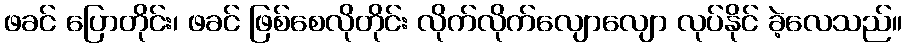
ဖခင် ပြောတိုင်း၊ ဖခင် ဖြစ်စေလိုတိုင်း လိုက်လိုက်လျောလျော လုပ်နိုင် ခဲ့လေသည်။